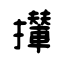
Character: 攆